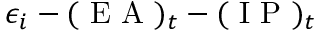
\epsilon _ { i } - ( \mathrm { ~ E ~ A ~ } ) _ { t } - ( \mathrm { ~ I ~ P ~ } ) _ { t }